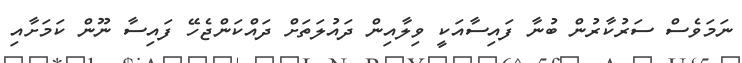
ނަމަވެސް ސަރުކާރުން ބުނާ ފައިސާއަކީ ވިލާއިން ދައުލަތަށް ދައްކަންޖެހޭ ފައިސާ ނޫން ކަމަށާއި